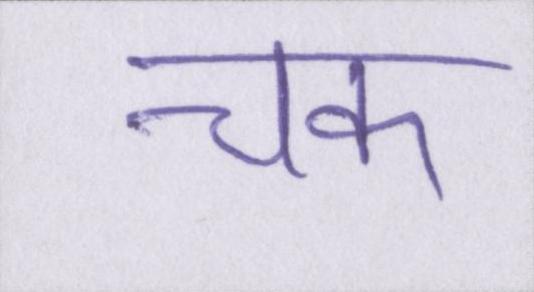
चक